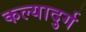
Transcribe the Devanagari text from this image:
कल्यादुर्ग